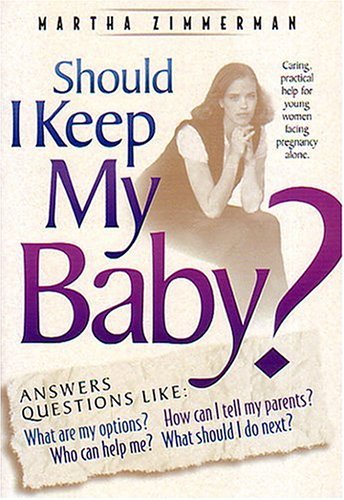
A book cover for Should I Keep My Baby?; Martha Zimmerman; Teen & Young Adult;